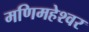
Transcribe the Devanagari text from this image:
मणिमहेश्‍वर